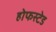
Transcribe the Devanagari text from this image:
होफस्टेड